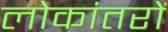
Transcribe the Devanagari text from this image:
लोकांतरों